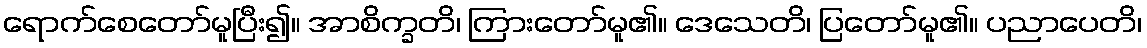
ရောက်စေတော်မူပြီး၍။ အာစိက္ခတိ၊ ကြားတော်မူ၏။ ဒေသေတိ၊ ပြတော်မူ၏။ ပညာပေတိ၊